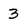
Character: 3